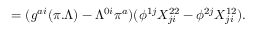
= ( g ^ { a i } ( \pi . \Lambda ) - \Lambda ^ { 0 i } \pi ^ { a } ) ( \phi ^ { 1 j } X _ { j i } ^ { 2 2 } - \phi ^ { 2 j } X _ { j i } ^ { 1 2 } ) .